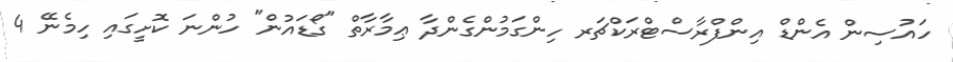
ހައުސިން އެންޑް އިންފްރާސްޓްރަކްޗަރ ހިންގަމުންގެންދާ ޢިމާރާތް "ގޯޑައުން" ހުންނަ ކޮށީގައި ހިމެނޭ 4